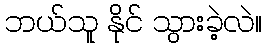
ဘယ်သူ နိုင် သွားခဲ့လဲ။